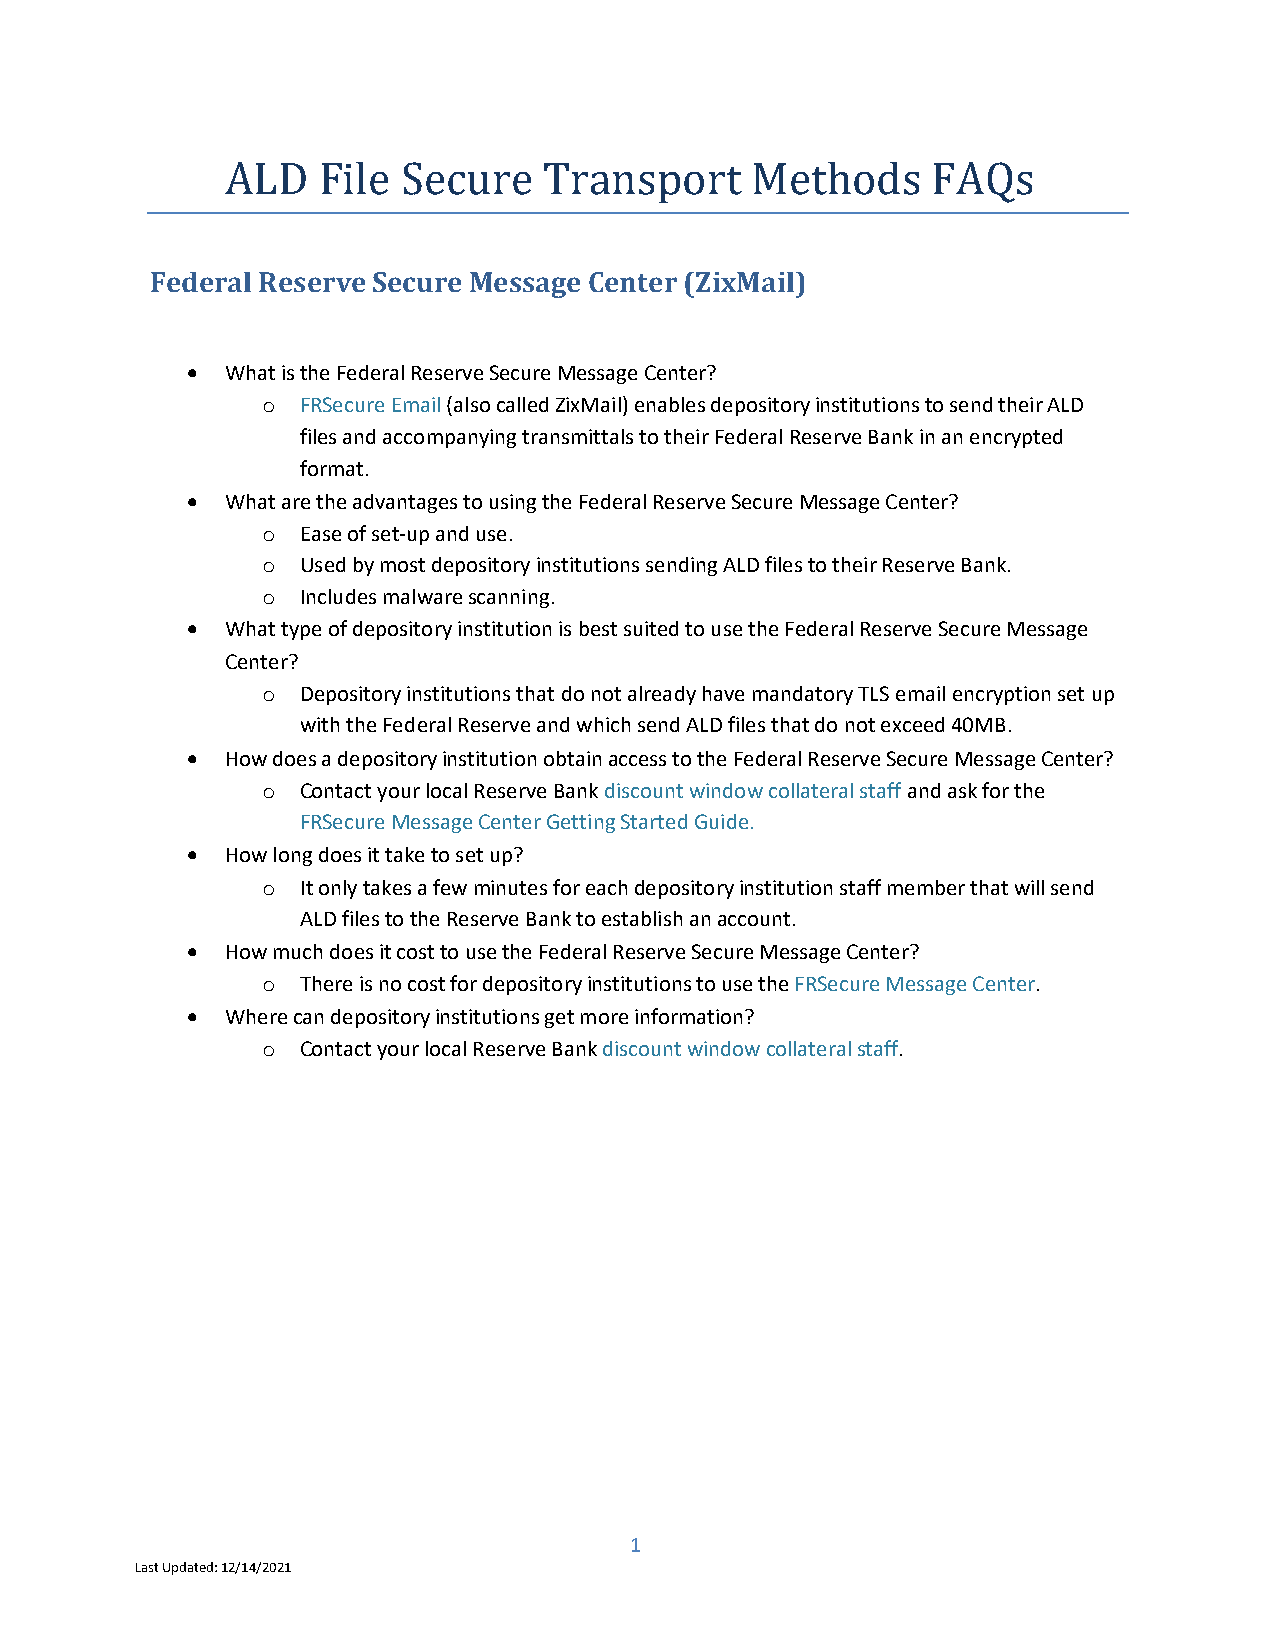
ALD   File  Secure   Transport     Methods     FAQs
 Federal Reserve Secure Message Center (ZixMail)
 •  What is the Federal Reserve Secure Message Center?
 FRSecure Email (also called ZixMail) enables depository institutions to send their ALD
 o
 files and accompanying transmittals to their Federal Reserve Bank in an encrypted
 format.
 •  What are the advantages to using the Federal Reserve Secure Message Center?
 Ease of set-up and use.
 o
 Used by most depository institutions sending ALD files to their Reserve Bank.
 o
 Includes malware scanning.
 o
 •  What type of depository institution is best suited to use the Federal Reserve Secure Message
 Center?
 Depository institutions that do not already have mandatory TLS email encryption set up
 o
 with the Federal Reserve and which send ALD files that do not exceed 40MB.
 •  How does a depository institution obtain access to the Federal Reserve Secure Message Center?
 Contact your local Reserve Bank discount window collateral staff and ask for the
 o
 FRSecure Message Center Getting Started Guide.
 •  How long does it take to set up?
 It only takes a few minutes for each depository institution staff member that will send
 o
 ALD files to the Reserve Bank to establish an account.
 •  How much does it cost to use the Federal Reserve Secure Message Center?
 There is no cost for depository institutions to use the FRSecure Message Center.
 o
 •  Where can depository institutions get more information?
 Contact your local Reserve Bank discount window collateral staff.
 o
 1
 Last Updated: 12/14/2021